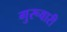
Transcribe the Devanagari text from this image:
गुरूवारी